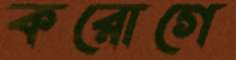
করোগে